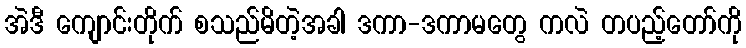
အဲဒီ ကျောင်းတိုက် စသည်မိတဲ့အခါ ဒကာ-ဒကာမတွေ ကလဲ တပည့်တော်ကို